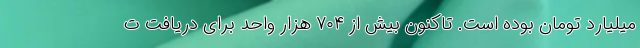
میلیارد تومان بوده است. تاکنون بیش از ۷۰۴ هزار واحد برای دریافت ت